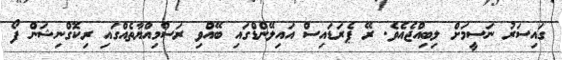
ގައިސަރު ނަސީމަށް ލިބިއްޖެއެވެ. ރޭ ޕެރަޑައިސް އައިލޭންޑްގައި ބޭއްވި ރަސްމިއްޔާތެއްގައި ރިކޮގްނިޝަން ފޯ